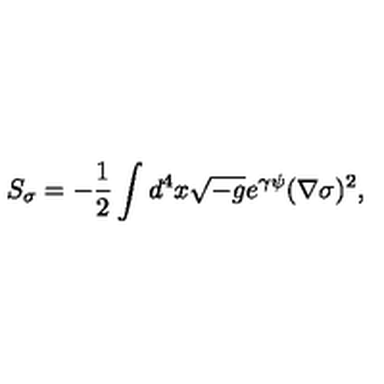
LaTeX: S _ { \sigma } = - \frac { 1 } { 2 } \int d ^ { 4 } x \sqrt { - g } e ^ { \gamma \psi } ( \nabla \sigma ) ^ { 2 } ,